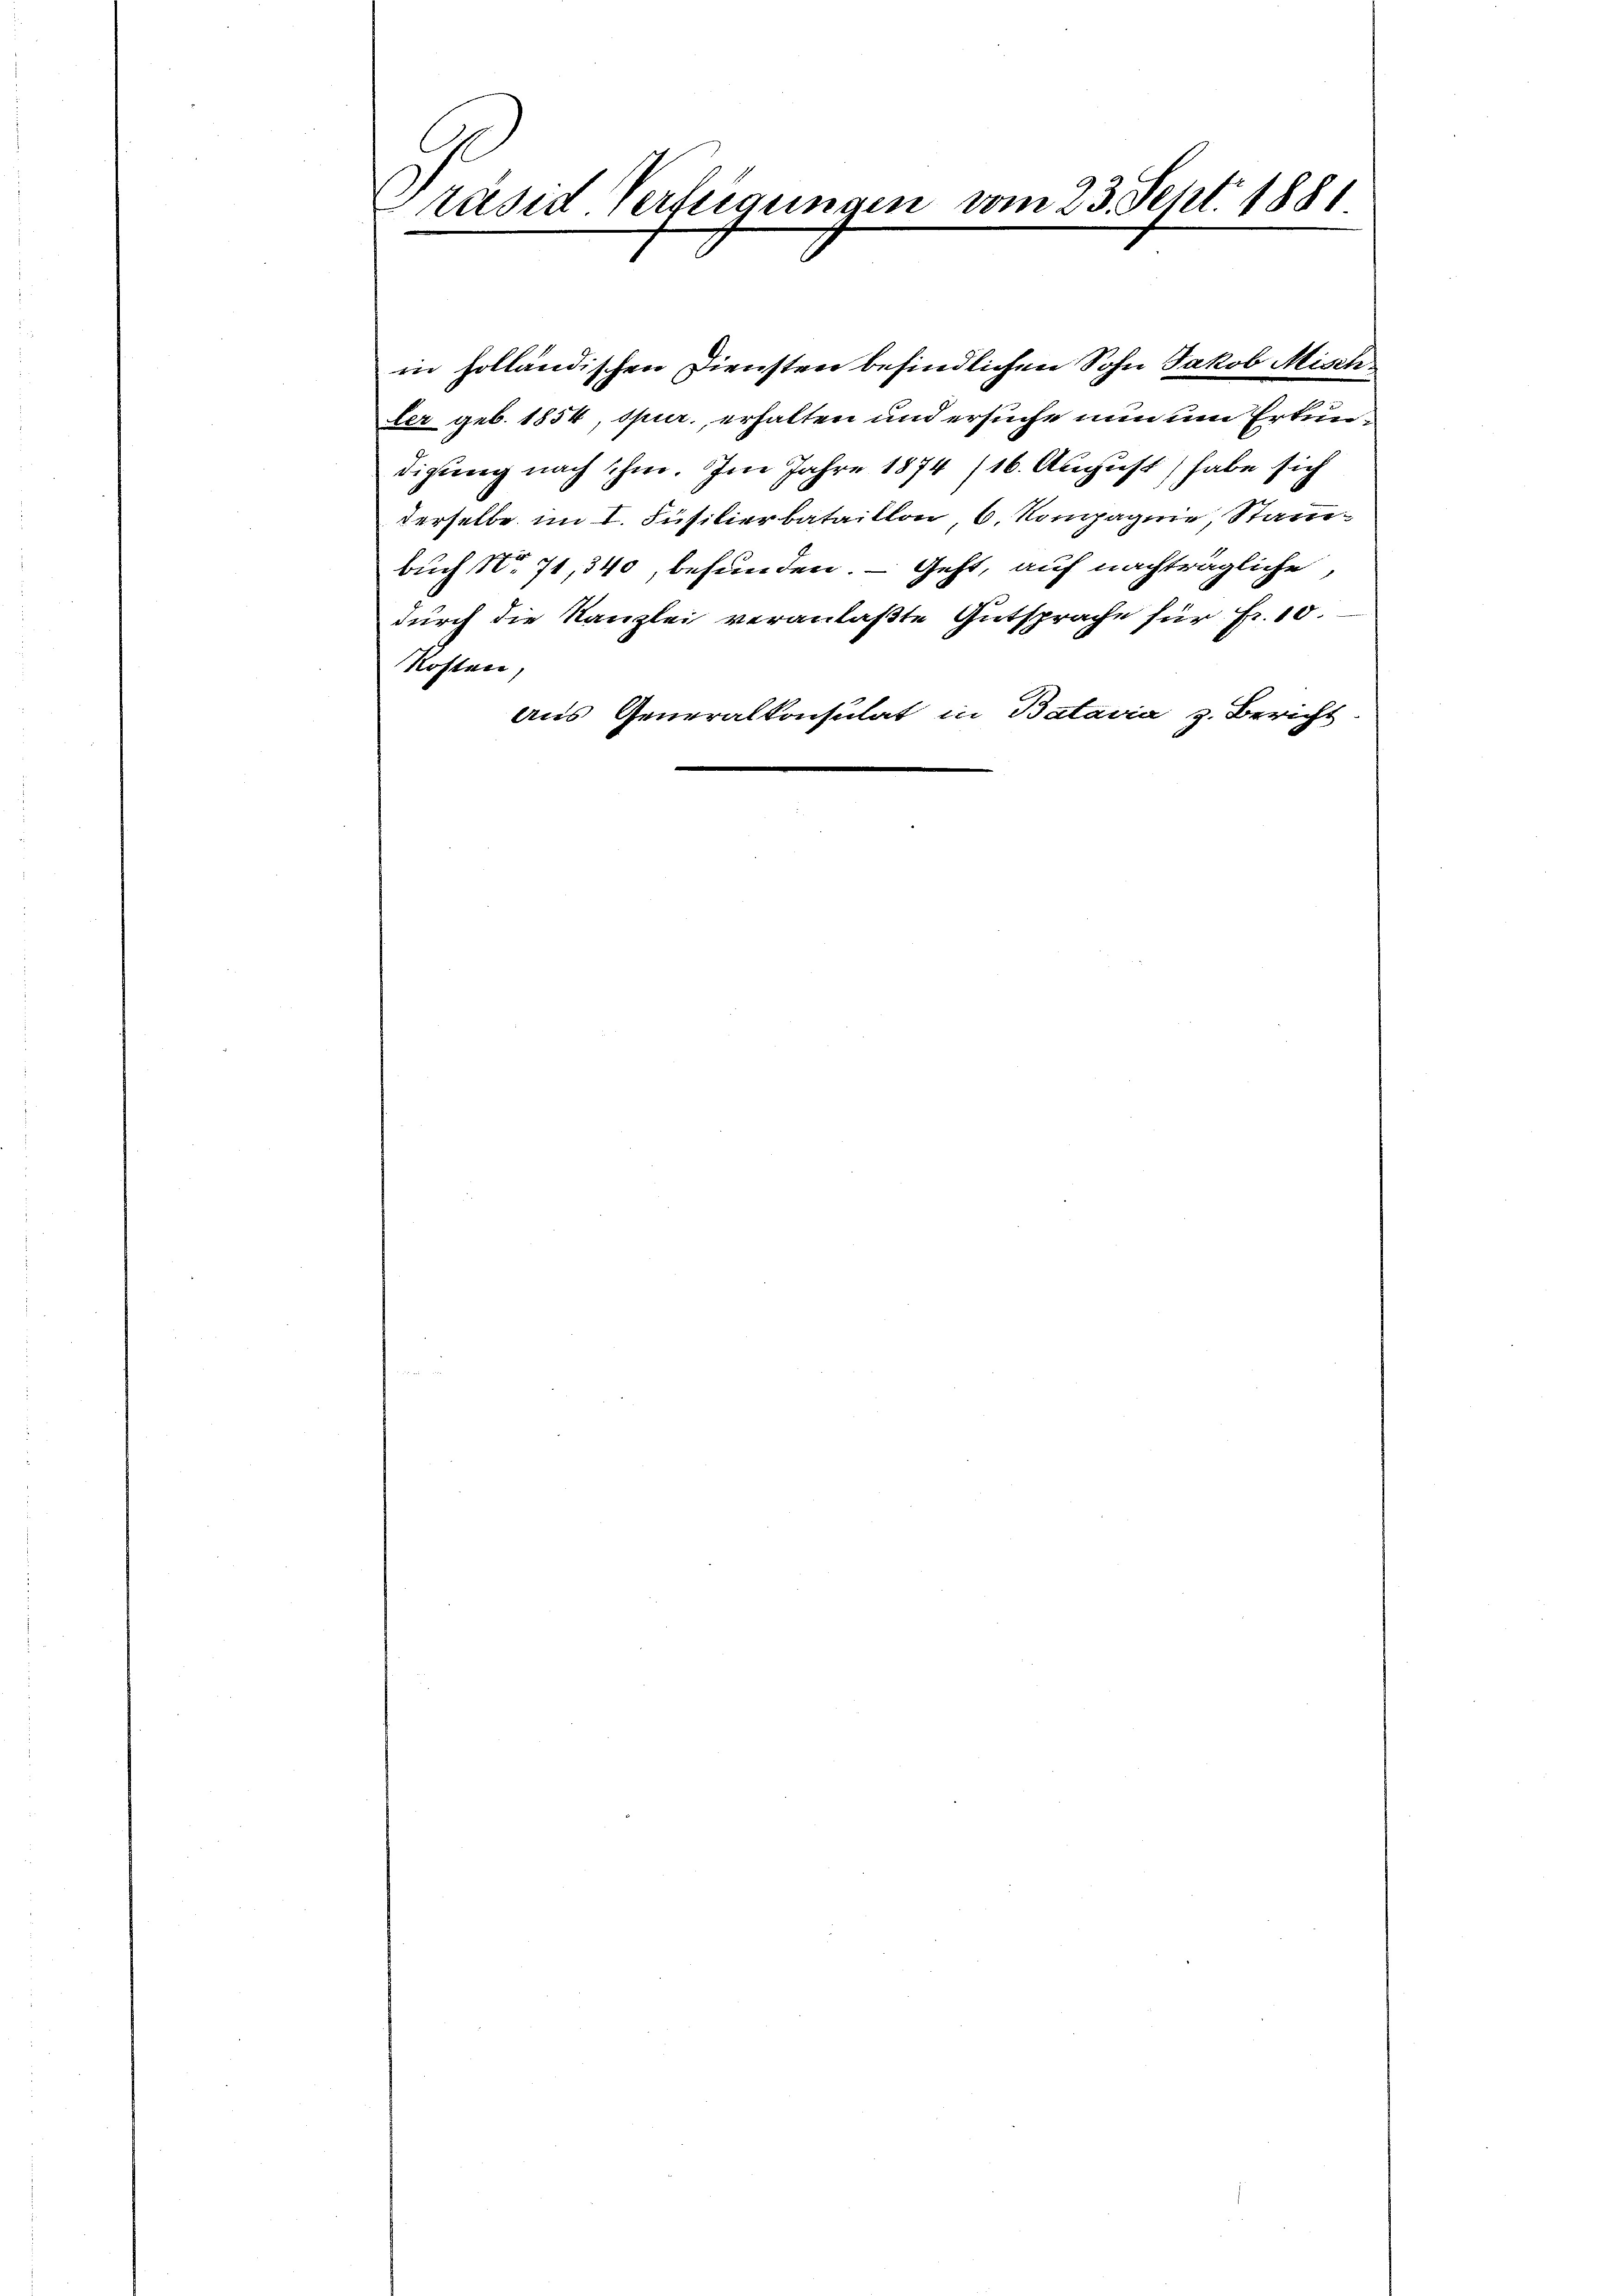
räsid Verfeigungen vom 23. Sept. 1881

in holländischen Diensten befindlichen Sohn Jakob Misch
ter geb. 1854, spur, erhalten und ersuche nun um Erkundigung nach ihm. Im Jahre 1874 (16. August) habe sich
derselbe im I. Füsilierbataillon, 6. Kompagnie, Stanbuch No 71, 340, befunden. — Geht, auf nachträgliche
durch die Kanzlei veranlaßte Gutsprache für Fr. 10.
Kosten,
aus Generalkonsulat in Batavia z. Bericht